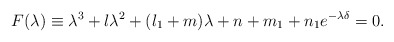
\begin{align*}F(\lambda)\equiv \lambda^3 + l\lambda^2 + (l_1 +m) \lambda +n+m_1 + n_1 e^{-\lambda\delta} =0.\end{align*}